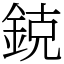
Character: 鋴